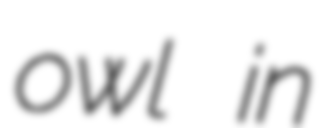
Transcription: owl in